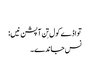
‏
تواڈے کول تِن آپشن نیں:‏
نس جاندے۔